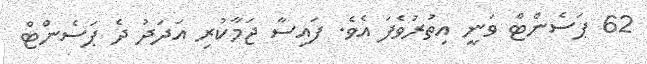
62 ޕަސެންޓް ވަނީ އިތުރުވެފަ އެވެ. ފައިސާ ޖަމާކުރި އަދަދު ދެ ޕަސެންޓް